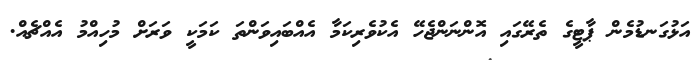
އަޅުގަނޑުމެން ޕާޓީގެ ތެރޭގައި އޮންނަންޖެހޭ އެކުވެރިކަމާ އެއްބައިވަންތަ ކަމަކީ ވަރަށް މުހިއްމު އެއްޗެއް.